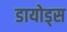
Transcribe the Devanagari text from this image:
डायोड्स